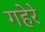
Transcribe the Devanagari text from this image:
गहेरे